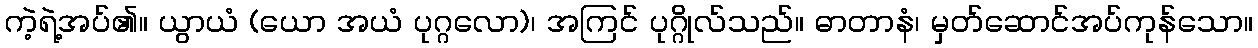
ကဲ့ရဲ့အပ်၏။ ယွာယံ (ယော အယံ ပုဂ္ဂလော)၊ အကြင် ပုဂ္ဂိုလ်သည်။ ဓာတာနံ၊ မှတ်ဆောင်အပ်ကုန်သော။